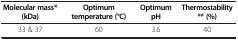
<table><thead><tr><td><b>Molecular mass* (kDa)</b></td><td><b>Optimum temperature (°C)</b></td><td><b>Optimum pH</b></td><td><b>Thermostability ** (%)</b></td></tr></thead><tbody><tr><td>33 &amp; 37</td><td>60</td><td>3.6</td><td>40</td></tr></tbody></table>